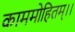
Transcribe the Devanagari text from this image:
काममोहितम्।।